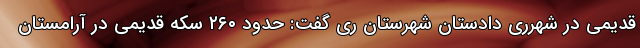
قدیمی در شهرری دادستان شهرستان ری گفت: حدود ۲۶۰ سکه قدیمی در آرامستان